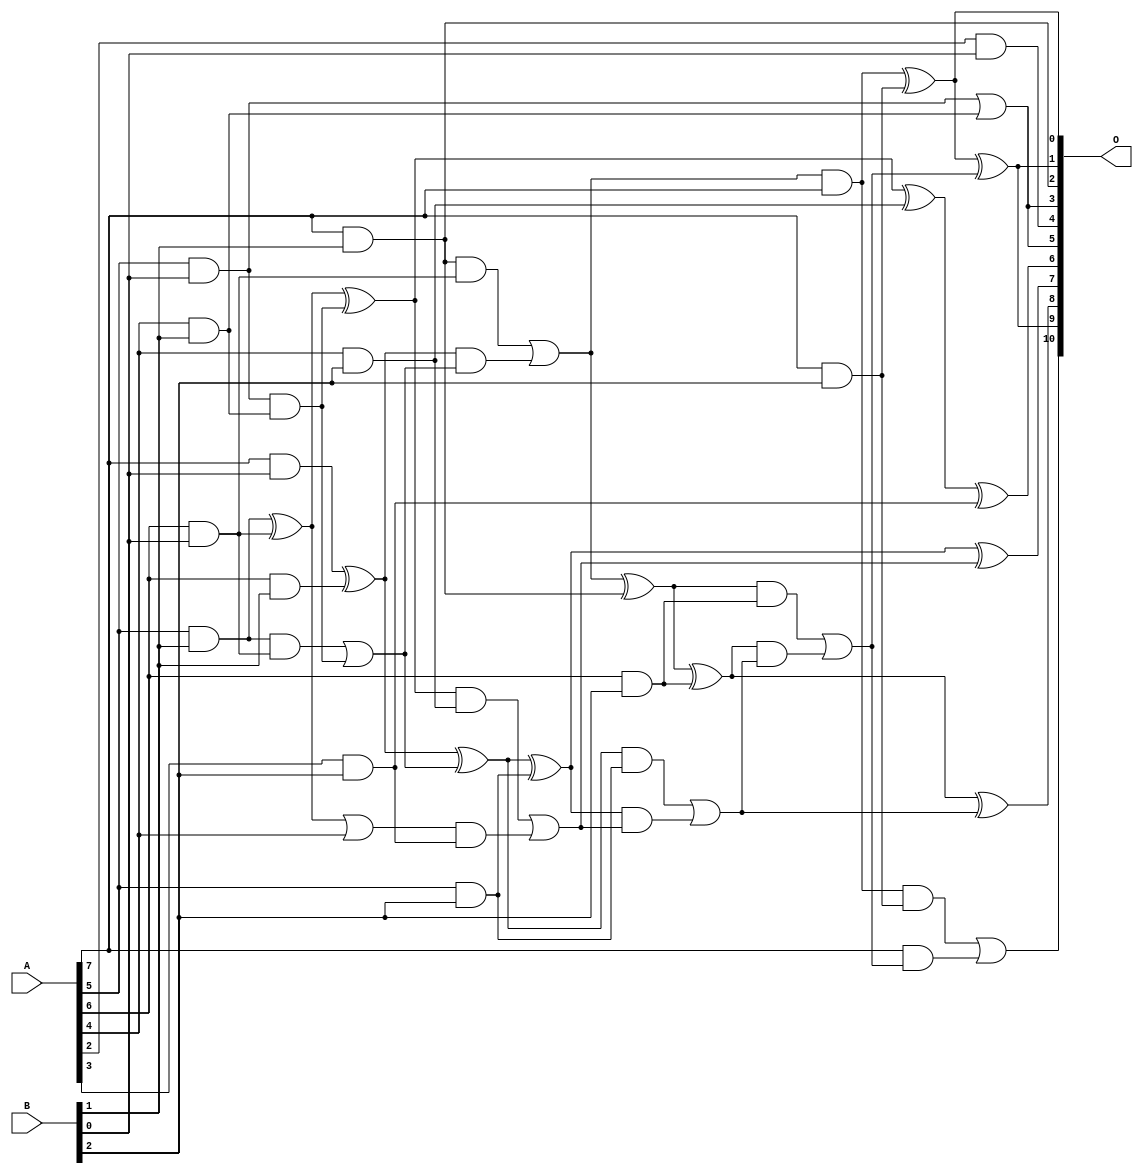
/***
* This code is a part of EvoApproxLib library (ehw.fit.vutbr.cz/approxlib) distributed under The MIT License.
* When used, please cite the following article(s): V. Mrazek, L. Sekanina, Z. Vasicek "Libraries of Approximate Circuits: Automated Design and Application in CNN Accelerators" IEEE Journal on Emerging and Selected Topics in Circuits and Systems, Vol 10, No 4, 2020 
* This file contains a circuit from a sub-set of pareto optimal circuits with respect to the pwr and mae parameters
***/
// MAE% = 0.57 %
// MAE = 12 
// WCE% = 2.05 %
// WCE = 42 
// WCRE% = 300.00 %
// EP% = 84.72 %
// MRE% = 9.25 %
// MSE = 235 
// PDK45_PWR = 0.041 mW
// PDK45_AREA = 141.3 um2
// PDK45_DELAY = 0.60 ns

module mul8x3u_0BH (
    A,
    B,
    O
);

input [7:0] A;
input [2:0] B;
output [10:0] O;

wire sig_14,sig_16,sig_17,sig_18,sig_23,sig_24,sig_25,sig_28,sig_31,sig_32,sig_42,sig_44,sig_45,sig_52,sig_53,sig_54,sig_56,sig_57,sig_58,sig_59;
wire sig_60,sig_63,sig_64,sig_65,sig_66,sig_67,sig_68,sig_86,sig_87,sig_88,sig_89,sig_90,sig_91,sig_92,sig_93,sig_94,sig_95,sig_96,sig_97,sig_98;
wire sig_99,sig_100,sig_101,sig_102,sig_103,sig_104,sig_105;

assign sig_14 = A[7] & B[1];
assign sig_16 = A[5] & B[0];
assign sig_17 = A[6] & B[0];
assign sig_18 = A[7] & B[0];
assign sig_23 = A[4] & B[1];
assign sig_24 = A[5] & B[1];
assign sig_25 = A[6] & B[1];
assign sig_28 = sig_14 & sig_17;
assign sig_31 = sig_24 ^ sig_17;
assign sig_32 = sig_24 & sig_17;
assign sig_42 = sig_31 | A[4];
assign sig_44 = sig_16 | sig_23;
assign sig_45 = sig_16 & sig_23;
assign sig_52 = sig_31 ^ sig_45;
assign sig_53 = sig_32 | sig_45;
assign sig_54 = sig_18 ^ sig_25;
assign sig_56 = sig_54 & sig_53;
assign sig_57 = sig_54 ^ sig_53;
assign sig_58 = sig_28 | sig_56;
assign sig_59 = sig_58 & A[7];
assign sig_60 = sig_58 ^ sig_14;
assign sig_63 = A[2] & B[0];
assign sig_64 = A[3] & B[2];
assign sig_65 = A[4] & B[2];
assign sig_66 = A[5] & B[2];
assign sig_67 = A[6] & B[2];
assign sig_68 = A[7] & B[2];
assign sig_86 = sig_52 ^ sig_65;
assign sig_87 = sig_52 & sig_65;
assign sig_88 = sig_42 & sig_64;
assign sig_89 = sig_86 ^ sig_64;
assign sig_90 = sig_87 | sig_88;
assign sig_91 = sig_57 ^ sig_66;
assign sig_92 = sig_57 & sig_66;
assign sig_93 = sig_91 & sig_90;
assign sig_94 = sig_91 ^ sig_90;
assign sig_95 = sig_92 | sig_93;
assign sig_96 = sig_60 ^ sig_67;
assign sig_97 = sig_60 & sig_67;
assign sig_98 = sig_96 & sig_95;
assign sig_99 = sig_96 ^ sig_95;
assign sig_100 = sig_97 | sig_98;
assign sig_101 = sig_59 ^ sig_68;
assign sig_102 = sig_59 & sig_68;
assign sig_103 = A[7] & sig_100;
assign sig_104 = sig_101 ^ sig_100;
assign sig_105 = sig_102 | sig_103;

assign O[10] = sig_105;
assign O[9] = sig_104;
assign O[8] = sig_99;
assign O[7] = sig_94;
assign O[6] = sig_89;
assign O[5] = sig_44;
assign O[4] = sig_63;
assign O[3] = sig_44;
assign O[2] = sig_14;
assign O[1] = sig_104;
assign O[0] = sig_101;

endmodule